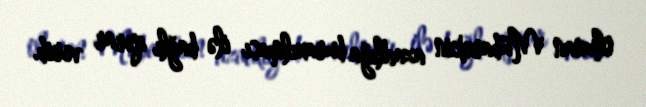
olunan Mübarəkin azadlığa buraxılması ilə bağlı qərar verib.